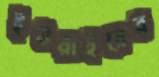
ইউরাইয়ের